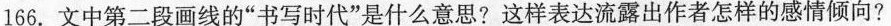
166.文中第二段画线的”书写时代”是什么意思?这样表达流露出作者怎样的感情倾向?